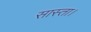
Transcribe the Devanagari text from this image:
सास्ता।